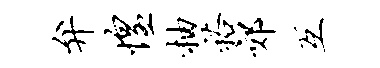
弁惶柚裕郊互